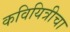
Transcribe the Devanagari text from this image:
कवियित्रीचा